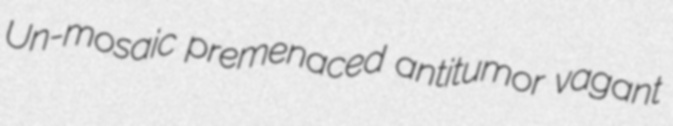
Un-mosaic premenaced antitumor vagant